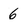
Character: 6